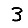
Digit: 3